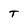
Character: T